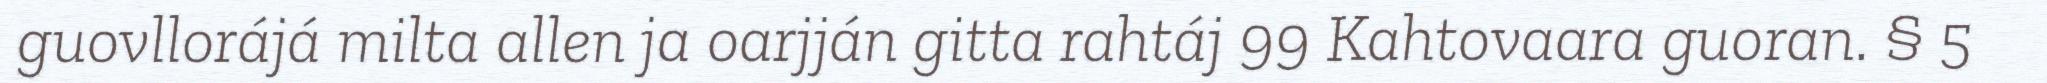
guovllorájá milta allen ja oarjján gitta rahtáj 99 Kahtovaara guoran. § 5